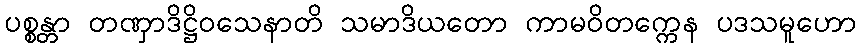
ပစ္စန္တာ တဏှာဒိဋ္ဌိဝသေနာတိ သမာဒိယတော ကာမဝိတက္ကေန ပဒသမူဟော